Civil Veterinary Department Bengal reports 1933-51 - 1933-1951
Year: 1933
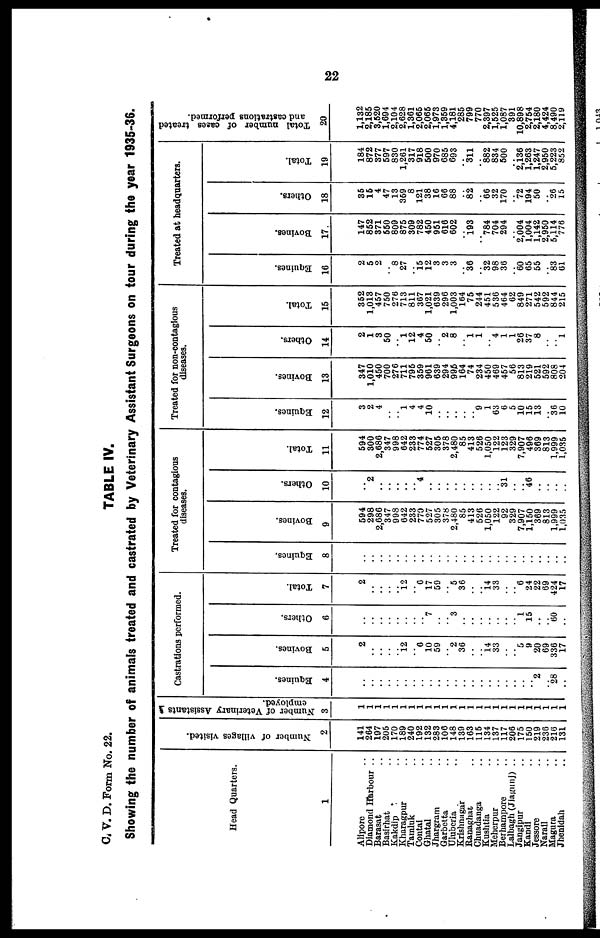
22
C. V. D. Form No. 22.
TABLE IV.
Showing the number of animals treated and castrated by Veterinary Assistant Surgeons on tour during the year 1935-38.
Head Quarters.
1
Alipore ..
Diamond Harbour ..
Barasat ..
Basirhat ..
Kakdip ..
Kharagpur ..
Tamluk ..
Contal ..
Ghatal ..
Jhargram ..
Garbetta ..
Uluberia ..
Krishnagar
Ranaghat ..
Chuadanga ..
Kushtia ..
Meherpur ..
Berhampore
Lalbagh (Jiagunj) ..
Jangipur ..
Kandi ..
Jessore
Narail ..
Magura ..
Jhenidah ..
Number of villages visited.
2
141
264
197
205
170
189
240
192
132
283
106
148
139
163
115
134
137
117
206
175
150
219
236
216
131
Number of Veterinary Assistants
employed.
3
1
1
1
1
1
1
1
1
1
1
1
1
1
1
1
1
1
1
1
1
1
1
1
1
1
Castrations performed.
Equines.
4
..
..
..
..
..
..
..
..
..
..
..
..
..
..
..
..
..
..
..
..
.. 2
.. 28
..
Bovines.
5
2
..
..
..
.. 12
.. 6
10
59
.. 2
36
..
.. 14
33
..
.. 5
9
20
69
336
17
Others.
6
..
..
..
..
..
..
..
.. 7
..
.. 3
..
..
..
..
..
..
.. 1
15
..
.. 60
..
Total.
7
2
..
..
..
.. 12
.. 6
17
59
.. 5
36
..
.. 14
33
..
.. 6
24
22
69
424
17
Treated for contagious
diseases.
Equines.
8
..
..
..
..
..
..
..
..
..
..
..
..
..
..
..
..
..
..
..
..
..
..
..
..
..
Bovines.
9
594
298
2,686
347
998
642
233
770
527
305
378
2,480
85
413
526
1,050
122
92
329
7,907
1,150
369
813
1,999
1,035
Others.
10
..
2
..
..
..
..
.. 4
..
..
..
..
..
..
..
..
.. 31
..
.. 46
..
..
..
..
Total.
11
594
300
2,686
347
998
642
233
774
527
305
378
2,480
85
413
526
1,050
122
123
329
7,907
496
369
813
1,999
1,035
Treated for non-contagious
diseases.
Equines.
12
3
2
4
..
.. 1
4
4
10
..
..
..
..
.. 9
1
63
6
5
10
15
13
.. 36
10
Bovines.
13
347
1,010
450
700
276
711
795
359
961
639
294
995
164
74
234
450
469
457
56
813
219
521
592
808
204
Others.
14
2
1
3
50
.. 1
12
4
50
.. 2
8
.. 1
1
.. 4
1
1
26
37
8
..
.. 1
Total.
15
352
1,013
457
750
276
713
811
367
1,021
639
296
1,003
164
75
244
451
536
464
62
849
271
542
592
844
215
Treated at headquarters.
Equines.
16
2
5
2
.. 8
27
.. 15
12
3
3
3
.. 36
.. 32
98
36
.. 60
65
55
.. 83
61
Bovines.
17
147
852
371
550
809
875
309
782
450
951
616
602
.. 193
.. 784
704
294
.. 2,004
1,004
1,142
2,950
5,114
776
Others.
18
35
15
4
47
13
359
8
121
38
16
66
88
.. 82
.. 66
32
170
.. 72
194
50
.. 26
15
Total.
19
184
872
377
597
830
1,261
317
918
500
970
685
693
.. 311
.. 882
834
500
.. 2,136
1,263
1,247
2,950
5,223
852
Total number of cases treated
and castrations performed.
20
1,132
2,185
3,520
1,694
2,104
2,628
1,361
2,065
2,065
1,973
1,359
4,181
285
799
770
2,397
1,525
1,087
391
10,898
2,754
2,180
4,424
8,490
2,119